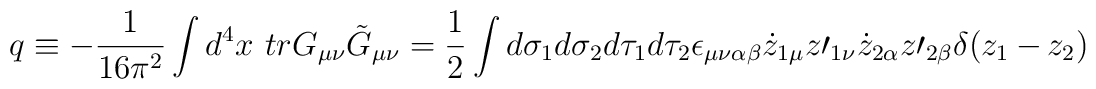
q\equiv -\frac{1}{16\pi^2}\int d^4x\mbox{ } trG_{\mu\nu}\tilde{G}_{\mu \nu}=\frac{1}{2}\int d\sigma_1 d\sigma_2 d\tau_1 d\tau_2\epsilon_{\mu \nu \alpha \beta} \dot{z}_{1\mu}z\prime_{1\nu}\dot{z}_{2\alpha}z\prime_{2\beta}\delta(z_1-z_2)